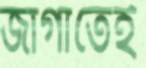
জাগাতেই